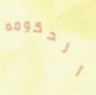
الحكومه